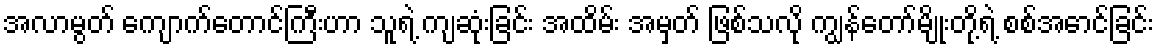
အလာမွတ် ကျောက်တောင်ကြီးဟာ သူရဲ့ ကျဆုံးခြင်း အထိမ်း အမှတ် ဖြစ်သလို ကျွန်တော်မျိုးတို့ရဲ့ စစ်အောင်ခြင်း